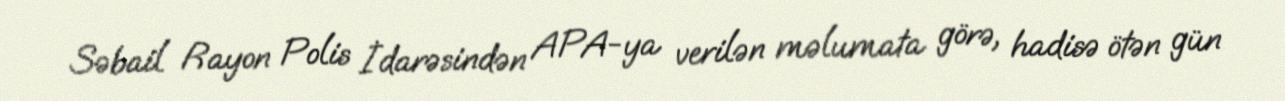
Səbail Rayon Polis İdarəsindən APA-ya verilən məlumata görə, hadisə ötən gün